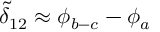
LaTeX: \tilde { \delta } _ { 1 2 } \approx \phi _ { b - c } - \phi _ { a }